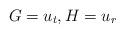
LaTeX: \begin{align*}G = u_t,H = u_r\end{align*}